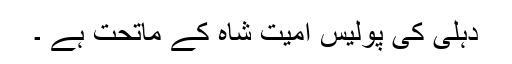
دہلی کی پولیس امیت شاہ کے ماتحت ہے ۔